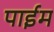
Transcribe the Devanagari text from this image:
पाईम